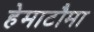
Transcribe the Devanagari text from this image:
हेमाटौमा